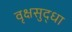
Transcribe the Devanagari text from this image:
वृक्षसुद्धा